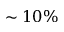
\sim 1 0 \%